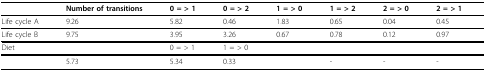
<table><thead><tr><td></td><td><b>Number of transitions</b></td><td><b>0 = &gt; 1</b></td><td><b>0 = &gt; 2</b></td><td><b>1 = &gt; 0</b></td><td><b>1 = &gt; 2</b></td><td><b>2 = &gt; 0</b></td><td><b>2 = &gt; 1</b></td></tr></thead><tbody><tr><td>Life cycle A</td><td>9.26</td><td>5.82</td><td>0.46</td><td>1.83</td><td>0.65</td><td>0.04</td><td>0.45</td></tr><tr><td>Life cycle B</td><td>9.75</td><td>3.95</td><td>3.26</td><td>0.67</td><td>0.78</td><td>0.12</td><td>0.97</td></tr><tr><td>Diet</td><td></td><td>0 = &gt; 1</td><td>1 = &gt; 0</td><td></td><td></td><td></td><td></td></tr><tr><td></td><td>5.73</td><td>5.34</td><td>0.33</td><td></td><td>-</td><td>-</td><td>-</td></tr></tbody></table>